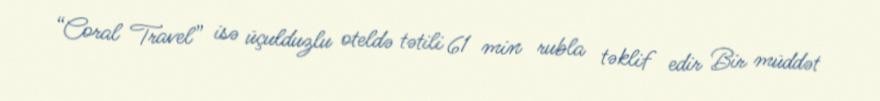
“Coral Travel” isə üçulduzlu oteldə tətili 61 min rubla təklif edir Bir müddət